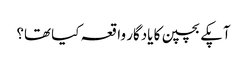
آپکے بچپن کا یادگار واقعہ کیا تھا؟